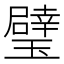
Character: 𱯻